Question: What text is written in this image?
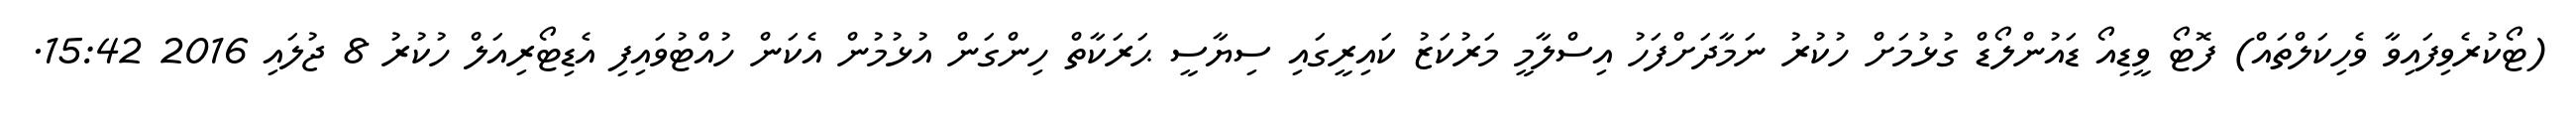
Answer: (ޓޯކުރެވިފައިވާ ވެހިކަލްތައް) ފޮޓޯ ވީޑިއޯ ޑައުންލޯޑް ގުޅުމަށް ހުކުރު ނަމާދަށްފަހު އިސްލާމީ މަރުކަޒު ކައިރީގައި ސިޔާސީ ޙަރަކާތް ހިންގަން އުޅުމުން އެކަން ހުއްޓުވައިފި އެޑިޓޯރިއަލް ހުކުރު 8 ޖުލައި 2016 15:42.